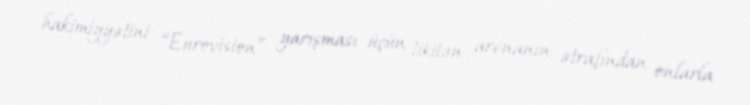
hakimiyyətini “Eurovision” yarışması üçün tikilən arenanın ətrafından onlarla